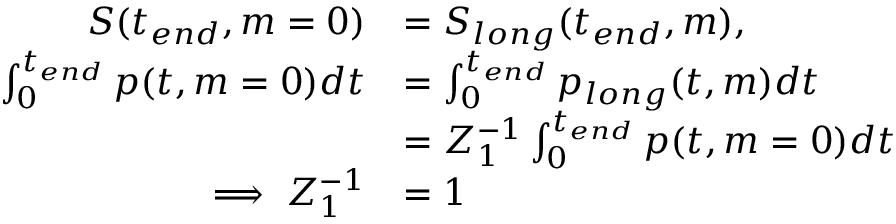
\begin{array} { r l } { S ( t _ { e n d } , m = 0 ) } & { = S _ { l o n g } ( t _ { e n d } , m ) , } \\ { \int _ { 0 } ^ { t _ { e n d } } p ( t , m = 0 ) d t } & { = \int _ { 0 } ^ { t _ { e n d } } p _ { l o n g } ( t , m ) d t } \\ & { = Z _ { 1 } ^ { - 1 } \int _ { 0 } ^ { t _ { e n d } } p ( t , m = 0 ) d t } \\ { \implies Z _ { 1 } ^ { - 1 } } & { = 1 } \end{array}